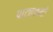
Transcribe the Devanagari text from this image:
पाट्यक्रमो